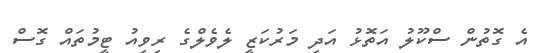
އެ ގޮތުން ސްކޫލު އަތޮޅު އަދި މަރުކަޒީ ލެވެލްގެ ރިވިއު ޓީމުތައް ގޮސް